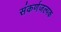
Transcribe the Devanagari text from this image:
संकर्णजल्पक